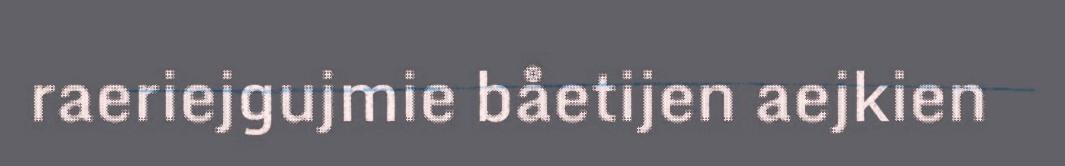
raeriejgujmie båetijen aejkien